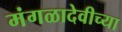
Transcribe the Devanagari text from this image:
मंगळादेवीच्या